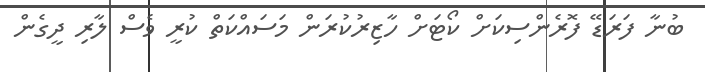
ބުނާ ފަރަޑޭ ފޮރެންސިކަށް ކޯޓަށް ހާޒިރުކުރަން މަސައްކަތް ކުރީ ވެސް ލާރި ދީގެން